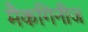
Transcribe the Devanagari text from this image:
मैकगिनीज